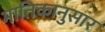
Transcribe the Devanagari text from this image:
मातिकानुसार